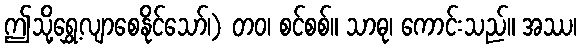
ဤသို့ရွှေ့လျာစေနိုင်သော်၊) တဝ၊ စင်စစ်။ သာဓု၊ ကောင်းသည်။ အဿ၊